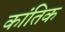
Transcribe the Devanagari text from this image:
कांतिक